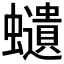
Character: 𧔥